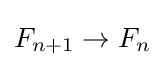
F_{n+1}\to F_{n}